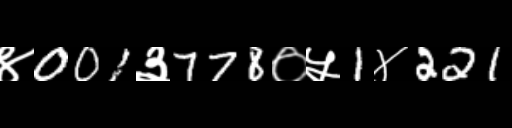
Text: ४001३778०५1४221